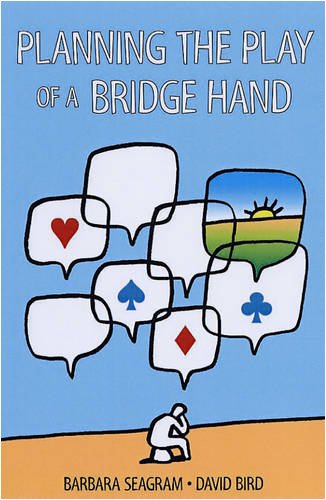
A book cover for Planning the Play of a Bridge Hand; Barbara Seagram; Humor & Entertainment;